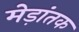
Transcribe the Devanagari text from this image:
मेड़ांतक